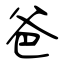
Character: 爸